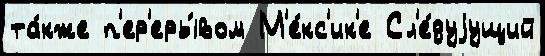
та́кже п'ер'еры́вом М'е́кс'ик'е Сл'е́дуjущий